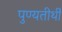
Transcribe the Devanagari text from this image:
पुण्यतीर्थी